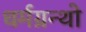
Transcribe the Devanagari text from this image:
धर्मग्रन्थो